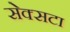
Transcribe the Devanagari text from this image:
सेक्सटा